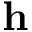
\mathbf { h }